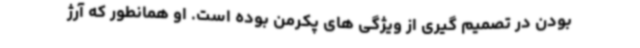
بودن در تصمیم گیری از ویژگی های پکرمن بوده است. او همانطور که آرژ